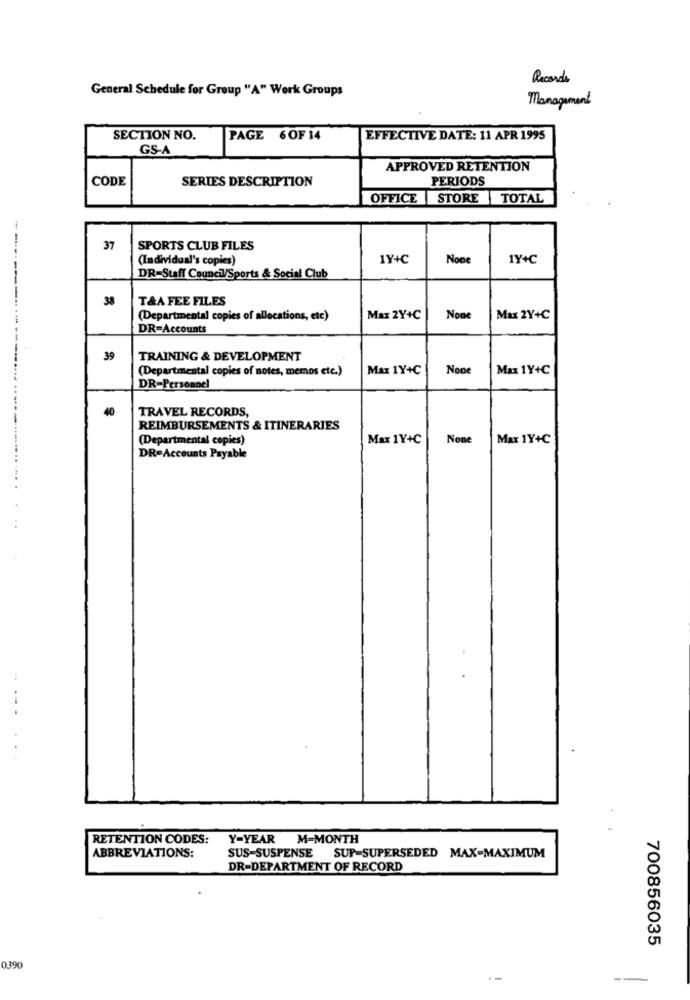
Records
General Schedule for Group "A" Work Groups
Management
SECTION NO.
PAGE 6 OF 14
EFFECTIVE DATE: 11 APR 1995
GS-A
APPROVED RETENTION
CODE
SERIES DESCRIPTION
PERIODS
OFFICE STORE TOTAL
37
SPORTS CLUB FILES
-....
(Individual's copies)
1Y+C
1Y+C
DR=Staff Council/Sports & Social Club
-
38
T&A FEE FILES
(Departmental copies of allocations, etc)
Max 2Y+C
Max 2Y+C
DR=Accounts
39
TRAINING & DEVELOPMENT
(Departmental copies of notes, memos etc.)
Max 1Y+C
Max 1Y+C
DR=Personnel
40
TRAVEL RECORDS,
REIMBURSEMENTS & ITINERARIES
(Departmental copies)
Max 1Y+C
Max 1Y+C
DR=Accounts Payable
RETENTION CODES:
Y-YEAR
M=MONTH
ABBREVIATIONS:
SUS-SUSPENSE SUP-SUPERSEDED MAX-MAXIMUM
DR-DEPARTMENT OF RECORD
700856035
0390
--